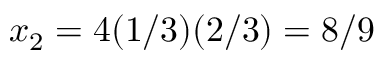
x _ { 2 } = 4 ( 1 / 3 ) ( 2 / 3 ) = 8 / 9